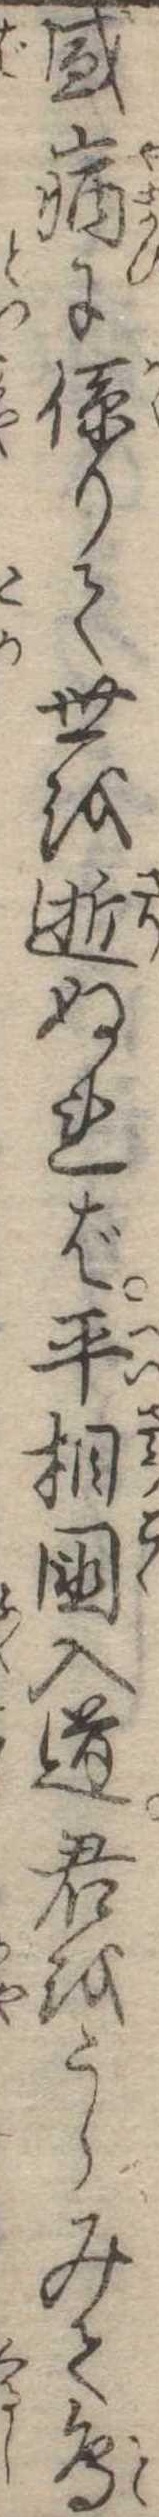
盛病に係りて世を逝ぬれば平相国入道君をうらみて鳥